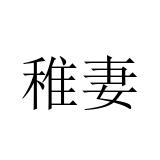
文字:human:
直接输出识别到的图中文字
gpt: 稚妻